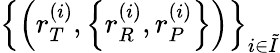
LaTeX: \left\{ \left(r_{T}^{\left(i\right)},\left\{ r_{R}^{\left(i\right)},r_{P}^{\left(i\right)}\right\} \right)\right\} _{i\in\tilde{I}}